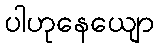
ပါဟုနေယျော